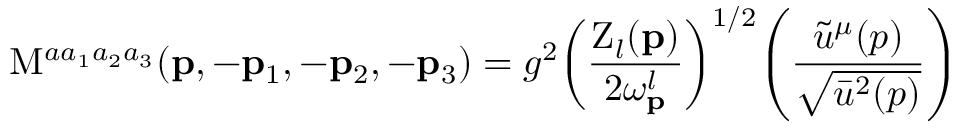
\mathrm { M } ^ { a a _ { 1 } a _ { 2 } a _ { 3 } } ( { \bf p } , - { \bf p } _ { 1 } , - { \bf p } _ { 2 } , - { \bf p } _ { 3 } ) = g ^ { 2 } \! \left( \frac { \mathrm { Z } _ { l } ( { \bf p } ) } { 2 \omega _ { \bf p } ^ { l } } \right) ^ { 1 / 2 } \! \Biggl ( \frac { \tilde { u } ^ { \mu } ( p ) } { \sqrt { \bar { u } ^ { 2 } ( p ) } } \Biggr )